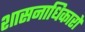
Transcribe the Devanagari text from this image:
शासनाधिकारों